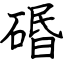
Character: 䃉